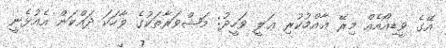
އޭގެ ވީޑިއޯއެއް މިރޭ ޢާއްމުކުރި ޢަލީ ވަހީދު: މަޝްވަރާތަކުގެ ވާހަކަ ދައްކަން އެއުޅެނީ